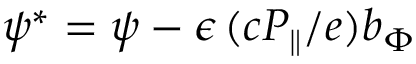
\psi ^ { * } = \psi - \epsilon \, ( c P _ { \| } / e ) b _ { \Phi }